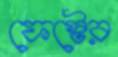
ফেস্টের